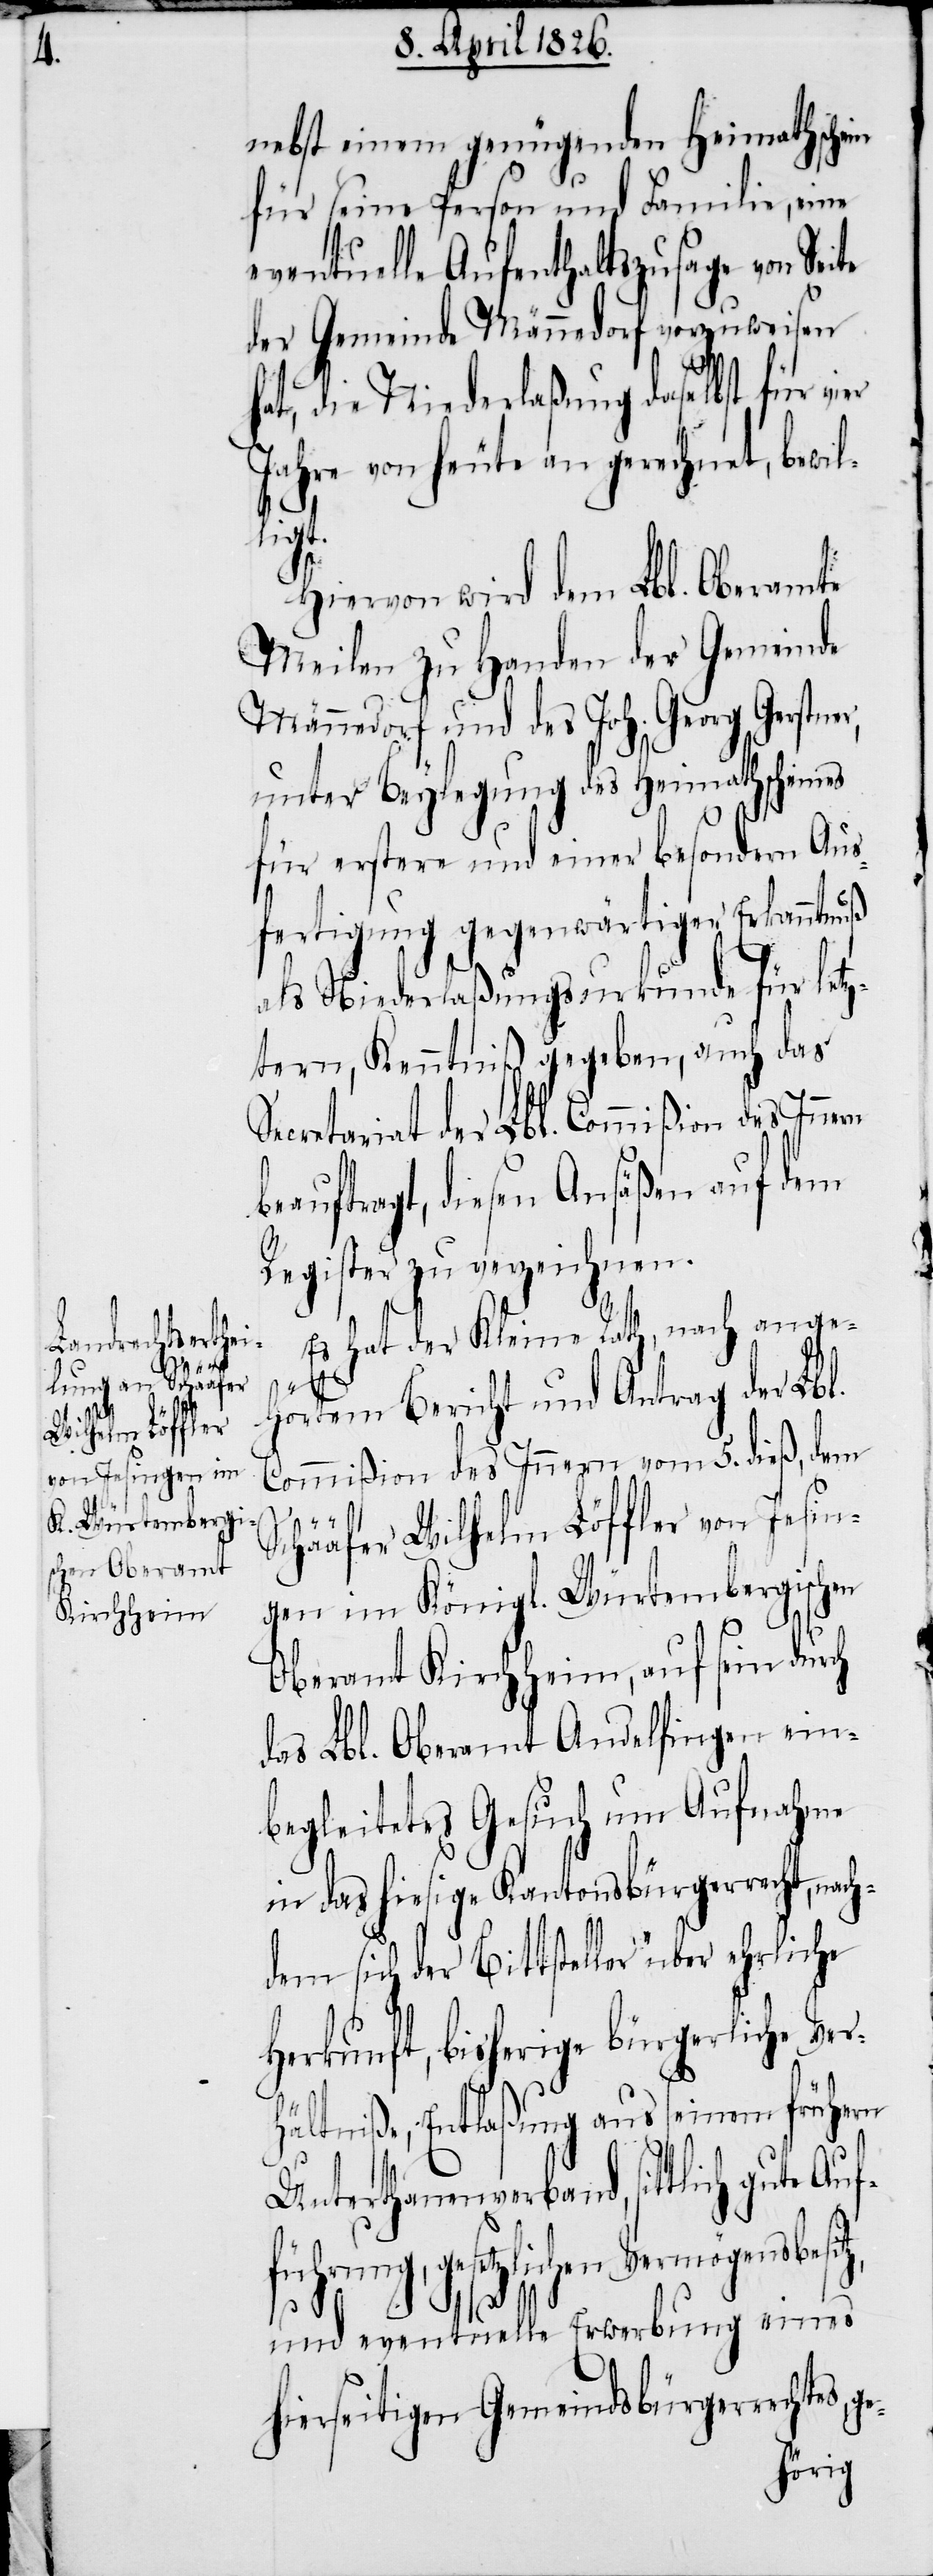
nebst einem genügenden Heimathschein
für seine Person und Familie, eine
eventuelle Aufenthaltszusage von Sei¬
der Gemeinde Männedorf vorzuweisen
hat, die Niederlaßung daselbst für vier
Jahre von heute an gerechnet, bewil¬
itz,
Hiervon wird dem Lbl. Oberamte
Meilen zu Handen der Gemeinde
Männedorf und des Joh. Georg Gerstner,
unter Beylegung des Heimathscheines
für erstere und einer besondern Aus¬
fertigung gegenwärtiger Erkanntnuß
als Niederlaßungsurkunde für letz¬
tern, Kenntniß gegeben, auch das
Secretariat der Lbl. Commißion des Innern
beauftragt, diesen Ansäßen auf dem
Register zu verzeichnen.
Es hat der Kleine Rath, nach ange¬
te
hörtem Bericht und Antrag der Lbl.
Commißion des Innern vom 5. dieß, dem
ge-
Schääfer Wilhelm Löffler von Jesin¬
gen im Königl. Würtembergischen
Oberamt Kirchheim, auf sein durch
das Lbl. Oberamt Andelfingen ein¬
begleitetes Gesuch um Aufnahme
in das hiesige Kantonsbürgerrecht, nach¬
dem sich der Bittsteller über ehrliche
Herkunft, bisherige bürgerliche Ver¬
hältniße, Entlaßung aus seinem frühern
Unterthanenverband, sittlich gute
gesetzlichen Vermögens¬
und eventuelle Erwerbung eines
hierseitigen Gemeindsbürgerrechtes,